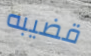
قضيبه